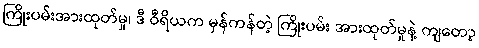
ကြိုးပမ်းအားထုတ်မှု၊ ဒီ ဝီရိယက မှန်ကန်တဲ့ ကြိုးပမ်း အားထုတ်မှုနဲ့ ကျတော့